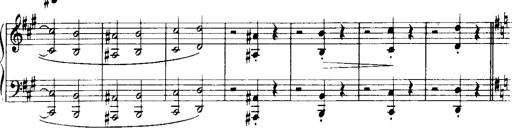
Title: Historische ungarische Bildnisse
Composer: Franz Liszt